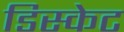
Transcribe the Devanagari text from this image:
डिस्केट